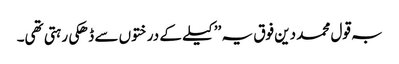
بہ قول محمد دین فوق یہ ’’کیلے کے درختوں سے ڈھکی رہتی تھی۔